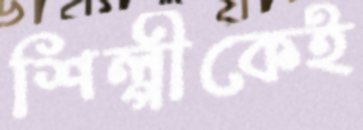
শিল্পীকেই